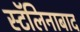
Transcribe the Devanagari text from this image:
स्टॅलिनाबाद